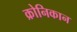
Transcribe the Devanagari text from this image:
क्रोनिकान